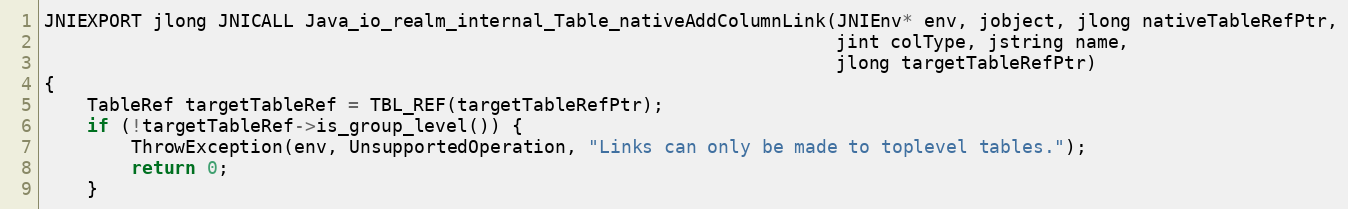
Language: C++
JNIEXPORT jlong JNICALL Java_io_realm_internal_Table_nativeAddColumnLink(JNIEnv* env, jobject, jlong nativeTableRefPtr,
                                                                         jint colType, jstring name,
                                                                         jlong targetTableRefPtr)
{
    TableRef targetTableRef = TBL_REF(targetTableRefPtr);
    if (!targetTableRef->is_group_level()) {
        ThrowException(env, UnsupportedOperation, "Links can only be made to toplevel tables.");
        return 0;
    }